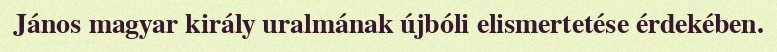
János magyar király uralmának újbóli elismertetése érdekében.